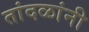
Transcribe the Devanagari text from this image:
तांदळांनी